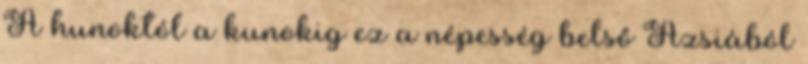
A hunoktól a kunokig ez a népesség belső Ázsiából